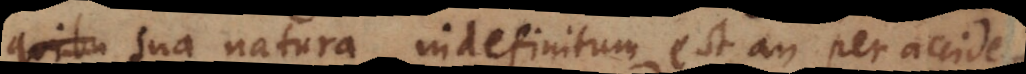
quibu sua natura indefinitum est an per accidens